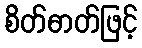
စိတ်ဓာတ်ဖြင့်